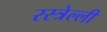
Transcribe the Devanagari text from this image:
रस्त्रेल्ली